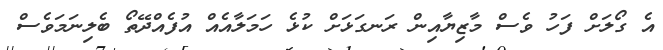
އެ ގޯލަށް ފަހު ވެސް މާޒިޔާއިން ރަނގަޅަށް ކުޅެ ހަމަލާއެއް އުފެއްދޭތޯ ބެލިނަމަވެސް